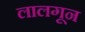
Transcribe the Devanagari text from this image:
लालगून